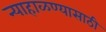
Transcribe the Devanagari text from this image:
न्याहाळण्यासाठी